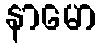
နာမော